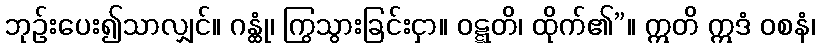
ဘုဉ်းပေး၍သာလျှင်။ ဂန္ထုံ၊ ကြွသွားခြင်းငှာ။ ဝဋ္ဋတိ၊ ထိုက်၏”။ ဣတိ ဣဒံ ဝစနံ၊